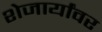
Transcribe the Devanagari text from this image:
शेजार्यांवर